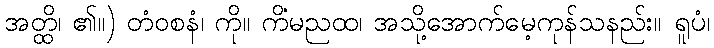
အတ္ထိ၊ ၏။) တံဝစနံ၊ ကို။ ကိံမညထ၊ အသို့အောက်မေ့ကုန်သနည်း။ ရူပံ၊